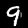
Digit: 9